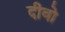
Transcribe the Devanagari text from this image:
दीवो